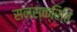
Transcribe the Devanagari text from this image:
सन्स्क्रिति